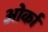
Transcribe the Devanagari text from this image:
ओर्का